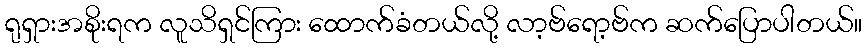
ရုရှားအစိုးရက လူသိရှင်ကြား ထောက်ခံတယ်လို့ လာ့ဗ်ရော့ဗ်က ဆက်ပြောပါတယ်။